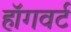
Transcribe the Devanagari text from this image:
हॉगवर्ट